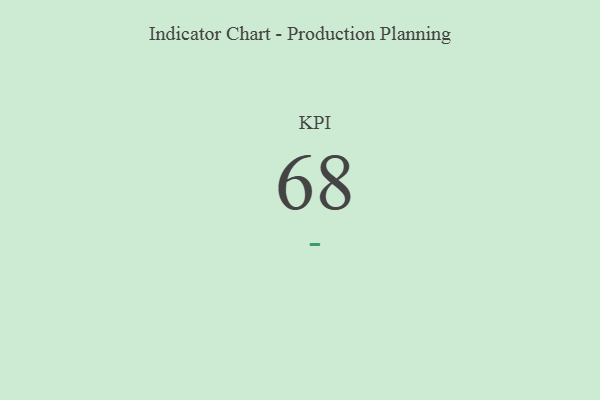
{"axis": {"x": "KPI", "y": "Value"}, "legend": [""], "data": [{"x": "KPI", "y": 68, "type": ""}]}